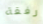
رفقة